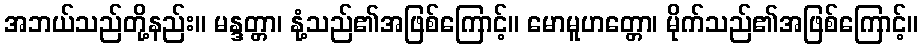
အဘယ်သည်တို့နည်း။ မန္ဒတ္တာ၊ နုံ့သည်၏အဖြစ်ကြောင့်။ မောမူဟတ္တော၊ မိုက်သည်၏အဖြစ်ကြောင့်။